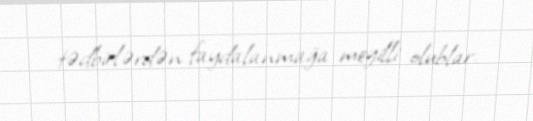
tədbirlərdən faydalanmağa meyilli olublar.